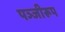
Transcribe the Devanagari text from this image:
पञ्जीरूप